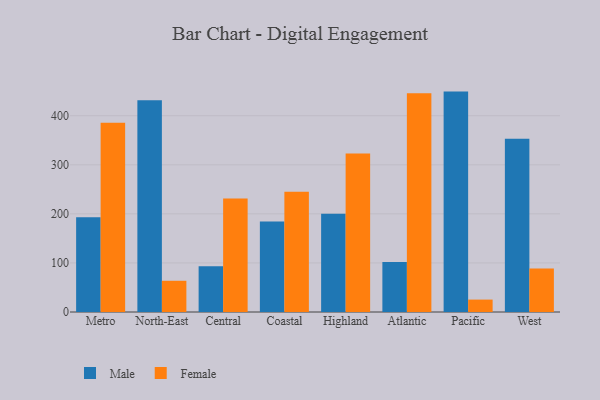
{"axis": {"x": "Region", "y": "Population (Million)"}, "legend": ["Female", "Male"], "data": [{"x": "Metro", "y": 193.0, "type": "Male"}, {"x": "Metro", "y": 385.7, "type": "Female"}, {"x": "North-East", "y": 431.7, "type": "Male"}, {"x": "North-East", "y": 63.6, "type": "Female"}, {"x": "Central", "y": 93.0, "type": "Male"}, {"x": "Central", "y": 231.1, "type": "Female"}, {"x": "Coastal", "y": 184.6, "type": "Male"}, {"x": "Coastal", "y": 245.3, "type": "Female"}, {"x": "Highland", "y": 200.4, "type": "Male"}, {"x": "Highland", "y": 322.9, "type": "Female"}, {"x": "Atlantic", "y": 101.8, "type": "Male"}, {"x": "Atlantic", "y": 445.9, "type": "Female"}, {"x": "Pacific", "y": 449.2, "type": "Male"}, {"x": "Pacific", "y": 25.3, "type": "Female"}, {"x": "West", "y": 353.3, "type": "Male"}, {"x": "West", "y": 88.9, "type": "Female"}]}